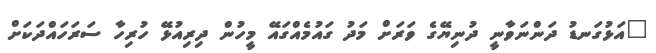
"އަޅުގަނޑު ދަންނަވާނީ ދުނިޔޭގެ ވަރަށް މަދު ގައުމެއްގައޭ މީހުން ދިރިއުޅޭ ހުރިހާ ސަރަހައްދަކަށް